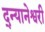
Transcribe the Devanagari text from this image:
द्न्यानेश्वरी